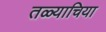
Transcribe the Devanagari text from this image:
तळ्याचिया